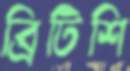
ব্রিটিশি